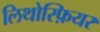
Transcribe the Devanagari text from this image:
लिथोस्फ़ियर